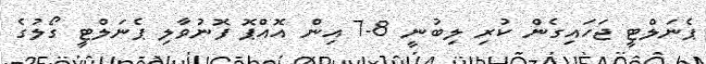
ޕެނަލްޓީ ޖަހައިގެން ކުރި ލިބުނީ 8-7 އިން އޮއްޕޮ ފޮނުވާލި ޕެނަލްޓީ ގޯލުގެ